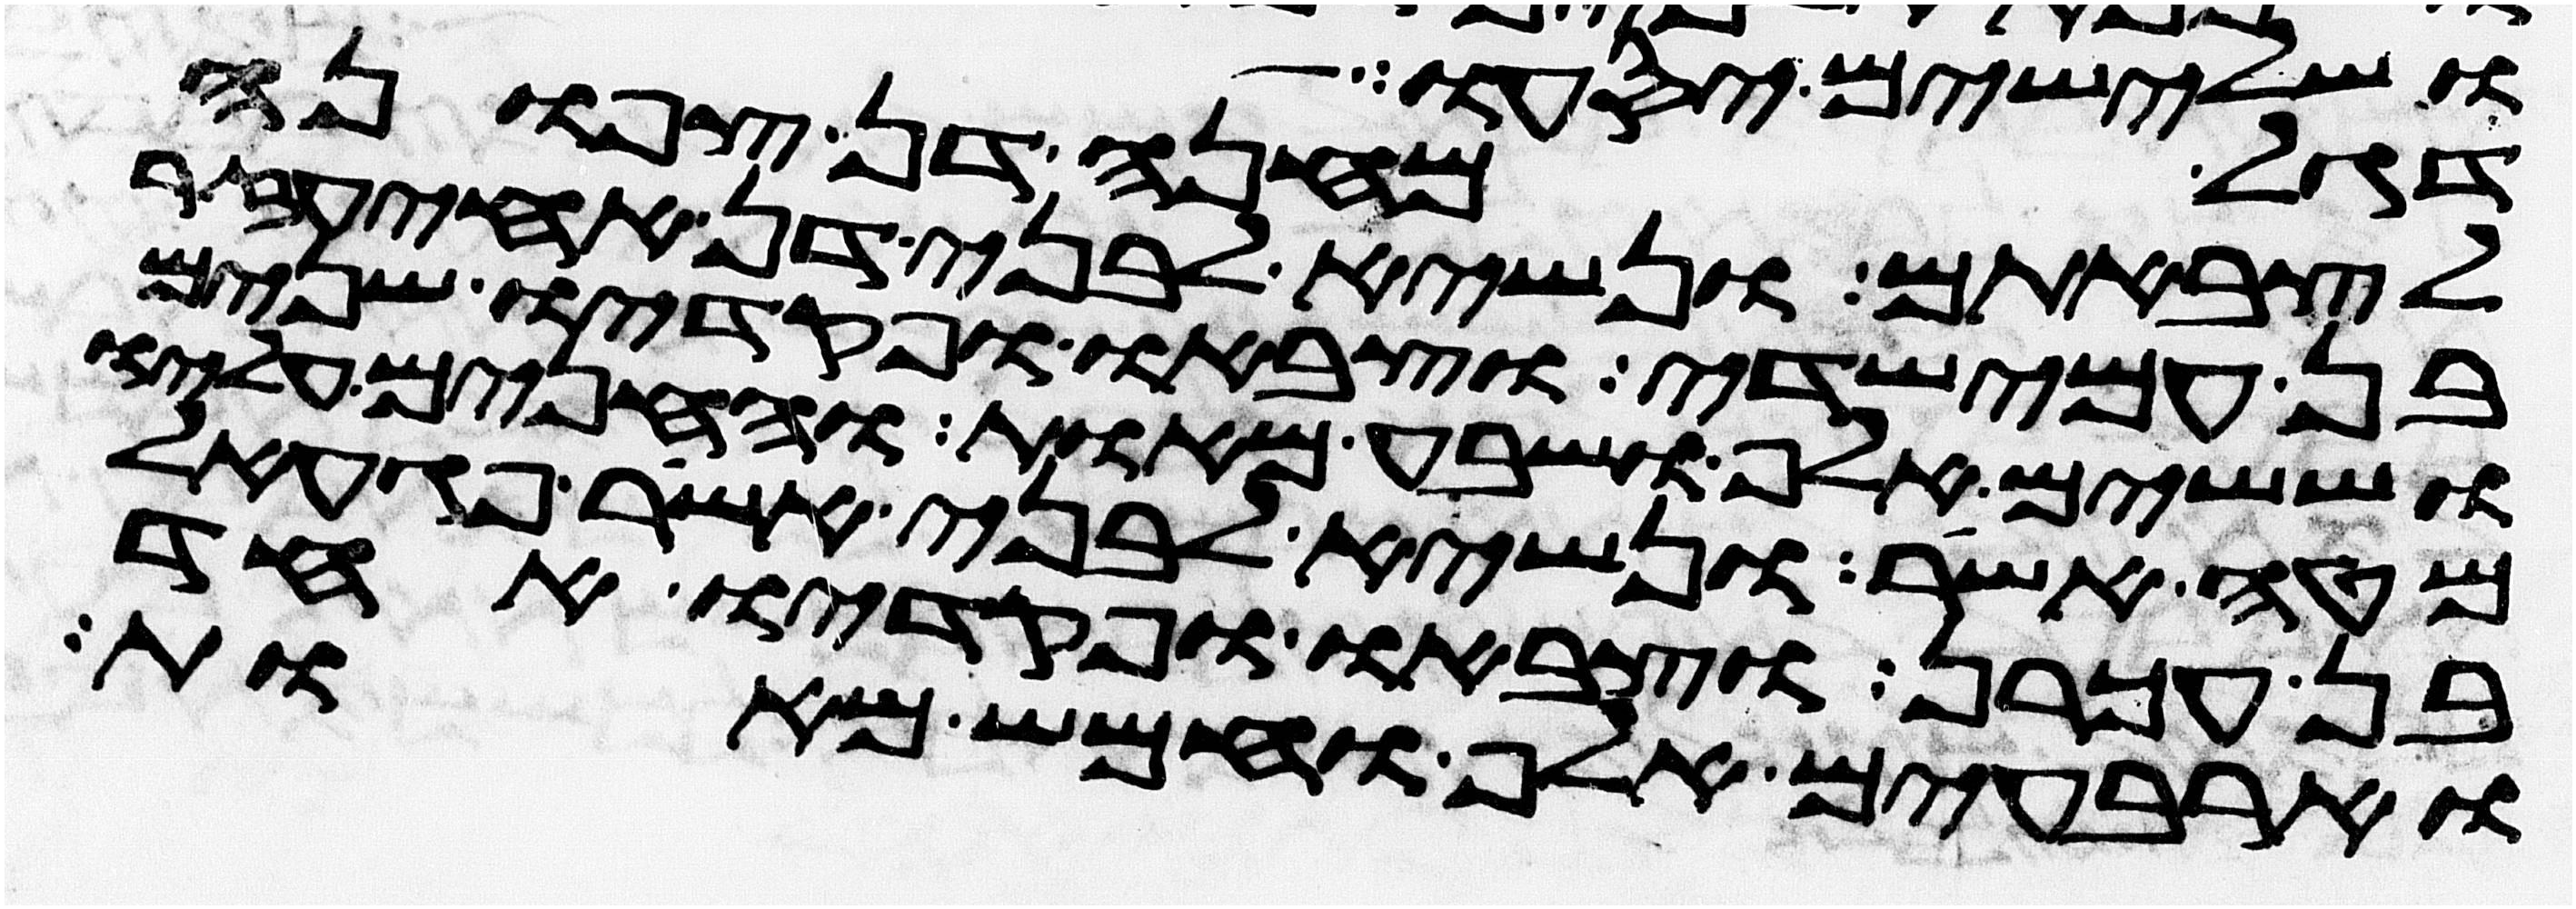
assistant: ושלישים יסעו
דגל מחנה דן צפונה
לצבאתם ונשיא לבני דן אחיעזר
בן עמישדי וצבאו ופקדיו שנים
וששים אלף ושבע מאות והחנים עליו
מטה אשר ונשיא לבני אשר פגעאל
בן עכרן וצבאו ופקדיו אחד
וארבעים אלף וחמש מאות